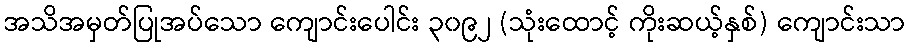
အသိအမှတ်ပြုအပ်သော ကျောင်းပေါင်း ၃၀၉၂ (သုံးထောင့် ကိုးဆယ့်နှစ်) ကျောင်းသာ